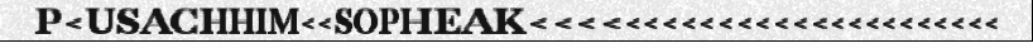
P<USACHHIM<<SOPHEAK<<<<<<<<<<<<<<<<<<<<<<<<<